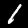
Digit: 1